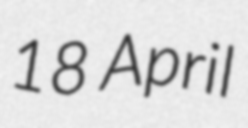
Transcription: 18 April